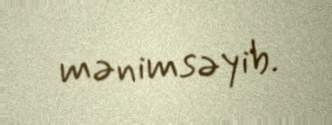
mənimsəyib.